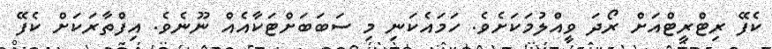
ކެފޭ ރިޓްރީޓްއަށް ރޯދަ ވީއްލުމަކަށެވެ. ހަމައެކަނި މި ސަބަބަށްޓަކާއެއް ނޫނެވެ. އިފްތާރަކަށް ކެފޭ